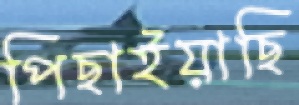
পিছাইয়াছি